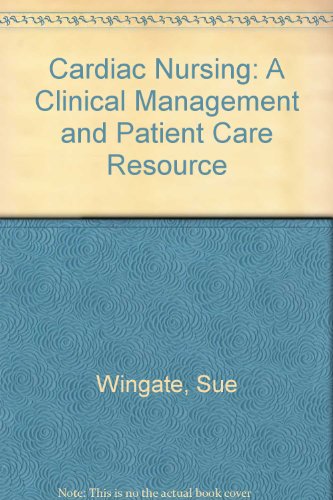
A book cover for Cardiac Nursing: A Clinical Management and Patient Care Resource; Medical Books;